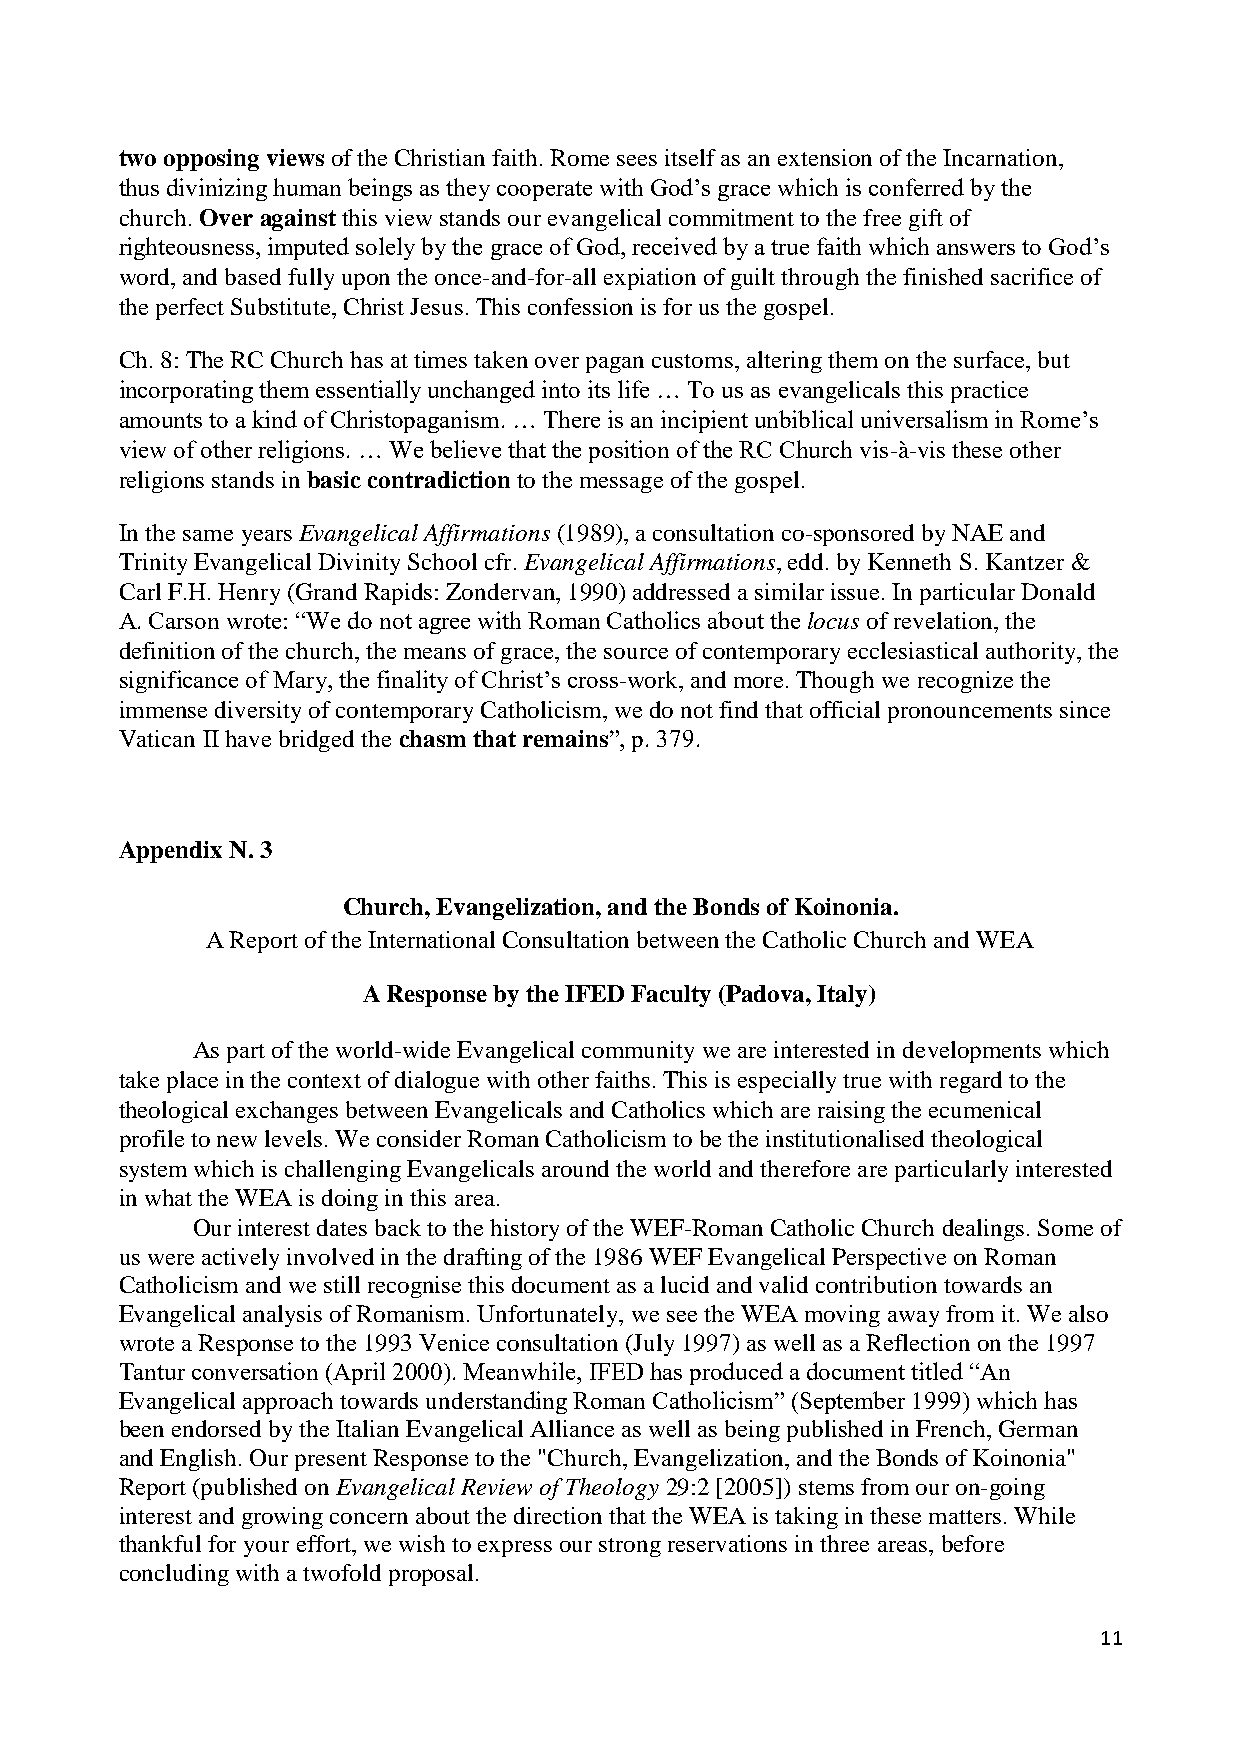
two opposing views of the Christian faith. Rome sees itself as an extension of the Incarnation,
 thus divinizing human beings as they cooperate with God’s grace which is conferred by the
 church. Over against this view stands our evangelical commitment to the free gift of
 righteousness, imputed solely by the grace of God, received by a true faith which answers to God’s
 word, and based fully upon the once-and-for-all expiation of guilt through the finished sacrifice of
 the perfect Substitute, Christ Jesus. This confession is for us the gospel.
 Ch. 8: The RC Church has at times taken over pagan customs, altering them on the surface, but
 incorporating them essentially unchanged into its life … To us as evangelicals this practice
 amounts to a kind of Christopaganism. … There is an incipient unbiblical universalism in Rome’s
 view of other religions. … We believe that the position of the RC Church vis-à-vis these other
 religions stands in basic contradiction to the message of the gospel.
 In the same years Evangelical Affirmations (1989), a consultation co-sponsored by NAE and
 Trinity Evangelical Divinity School cfr. Evangelical Affirmations, edd. by Kenneth S. Kantzer &
 Carl F.H. Henry (Grand Rapids: Zondervan, 1990) addressed a similar issue. In particular Donald
 A. Carson wrote: “We do not agree with Roman Catholics about the locus of revelation, the
 definition of the church, the means of grace, the source of contemporary ecclesiastical authority, the
 significance of Mary, the finality of Christ’s cross-work, and more. Though we recognize the
 immense diversity of contemporary Catholicism, we do not find that official pronouncements since
 Vatican II have bridged the chasm that remains”, p. 379.
 Appendix N. 3
 Church, Evangelization, and the Bonds of Koinonia.
 A Report of the International Consultation between the Catholic Church and WEA
 A Response by the IFED Faculty (Padova, Italy)
 As part of the world-wide Evangelical community we are interested in developments which
 take place in the context of dialogue with other faiths. This is especially true with regard to the
 theological exchanges between Evangelicals and Catholics which are raising the ecumenical
 profile to new levels. We consider Roman Catholicism to be the institutionalised theological
 system which is challenging Evangelicals around the world and therefore are particularly interested
 in what the WEA is doing in this area.
 Our interest dates back to the history of the WEF-Roman Catholic Church dealings. Some of
 us were actively involved in the drafting of the 1986 WEF Evangelical Perspective on Roman
 Catholicism and we still recognise this document as a lucid and valid contribution towards an
 Evangelical analysis of Romanism. Unfortunately, we see the WEA moving away from it. We also
 wrote a Response to the 1993 Venice consultation (July 1997) as well as a Reflection on the 1997
 Tantur conversation (April 2000). Meanwhile, IFED has produced a document titled “An
 Evangelical approach towards understanding Roman Catholicism” (September 1999) which has
 been endorsed by the Italian Evangelical Alliance as well as being published in French, German
 and English. Our present Response to the "Church, Evangelization, and the Bonds of Koinonia"
 Report (published on Evangelical Review of Theology 29:2 [2005]) stems from our on-going
 interest and growing concern about the direction that the WEA is taking in these matters. While
 thankful for your effort, we wish to express our strong reservations in three areas, before
 concluding with a twofold proposal.
 11